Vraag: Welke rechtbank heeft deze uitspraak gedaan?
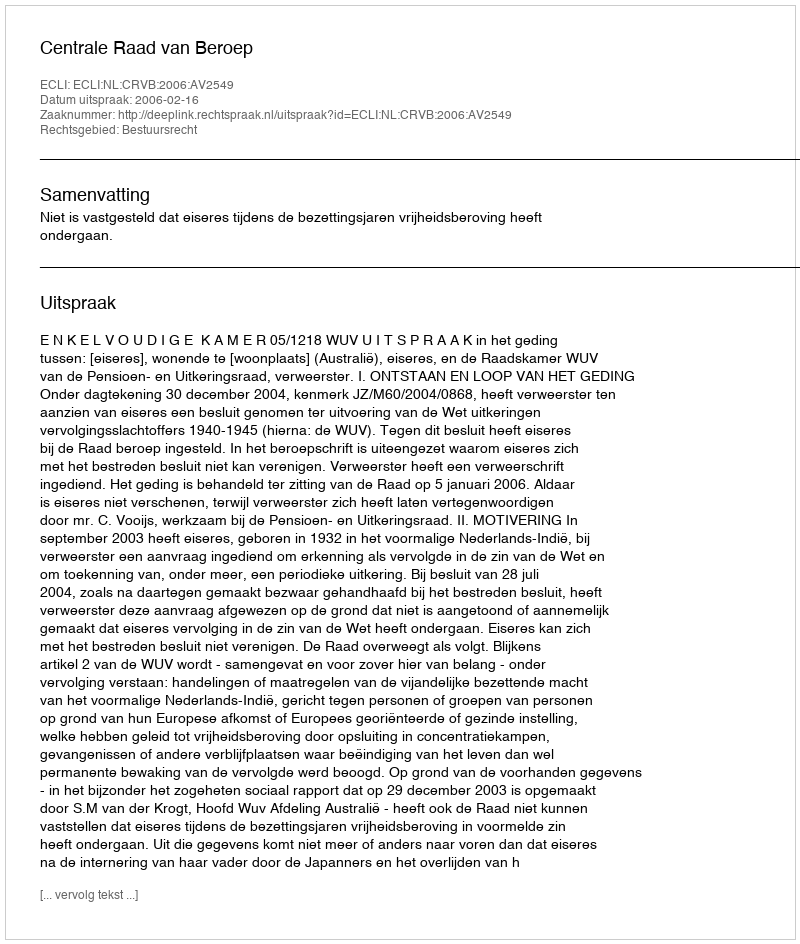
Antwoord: Centrale Raad van Beroep